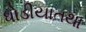
ધોડીયાતથા